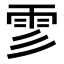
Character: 𩁺